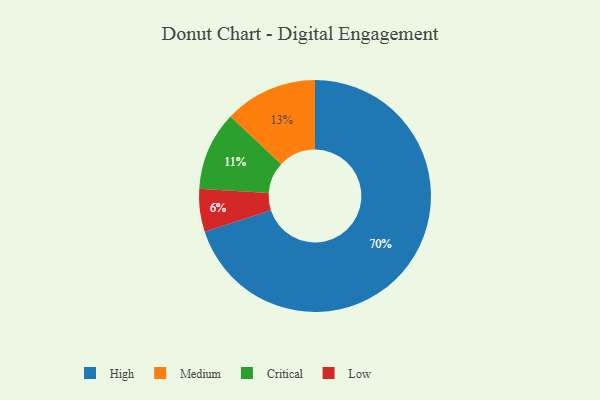
{"axis": {"x": "Category", "y": "Percentage"}, "legend": ["Critical", "High", "Low", "Medium"], "data": [{"x": "Low", "y": 6, "type": "Low"}, {"x": "Critical", "y": 11, "type": "Critical"}, {"x": "Medium", "y": 13, "type": "Medium"}, {"x": "High", "y": 70, "type": "High"}]}